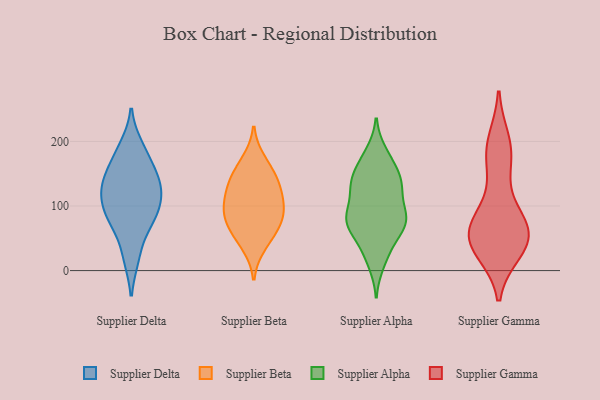
{"axis": {"x": "Temperature (°C)", "y": "Value"}, "legend": ["Supplier Alpha", "Supplier Beta", "Supplier Delta", "Supplier Gamma"], "data": [{"x": "", "y": 20, "type": "Supplier Delta"}, {"x": "", "y": 192, "type": "Supplier Delta"}, {"x": "", "y": 139, "type": "Supplier Delta"}, {"x": "", "y": 143, "type": "Supplier Delta"}, {"x": "", "y": 123, "type": "Supplier Delta"}, {"x": "", "y": 84, "type": "Supplier Delta"}, {"x": "", "y": 93, "type": "Supplier Delta"}, {"x": "", "y": 169, "type": "Supplier Delta"}, {"x": "", "y": 68, "type": "Supplier Delta"}, {"x": "", "y": 113, "type": "Supplier Delta"}, {"x": "", "y": 170, "type": "Supplier Beta"}, {"x": "", "y": 91, "type": "Supplier Beta"}, {"x": "", "y": 64, "type": "Supplier Beta"}, {"x": "", "y": 93, "type": "Supplier Beta"}, {"x": "", "y": 90, "type": "Supplier Beta"}, {"x": "", "y": 142, "type": "Supplier Beta"}, {"x": "", "y": 147, "type": "Supplier Beta"}, {"x": "", "y": 39, "type": "Supplier Beta"}, {"x": "", "y": 118, "type": "Supplier Beta"}, {"x": "", "y": 123, "type": "Supplier Beta"}, {"x": "", "y": 64, "type": "Supplier Beta"}, {"x": "", "y": 11, "type": "Supplier Alpha"}, {"x": "", "y": 126, "type": "Supplier Alpha"}, {"x": "", "y": 43, "type": "Supplier Alpha"}, {"x": "", "y": 136, "type": "Supplier Alpha"}, {"x": "", "y": 76, "type": "Supplier Alpha"}, {"x": "", "y": 72, "type": "Supplier Alpha"}, {"x": "", "y": 134, "type": "Supplier Alpha"}, {"x": "", "y": 84, "type": "Supplier Alpha"}, {"x": "", "y": 133, "type": "Supplier Alpha"}, {"x": "", "y": 83, "type": "Supplier Alpha"}, {"x": "", "y": 77, "type": "Supplier Alpha"}, {"x": "", "y": 84, "type": "Supplier Alpha"}, {"x": "", "y": 183, "type": "Supplier Alpha"}, {"x": "", "y": 58, "type": "Supplier Alpha"}, {"x": "", "y": 174, "type": "Supplier Alpha"}, {"x": "", "y": 120, "type": "Supplier Alpha"}, {"x": "", "y": 146, "type": "Supplier Alpha"}, {"x": "", "y": 82, "type": "Supplier Alpha"}, {"x": "", "y": 160, "type": "Supplier Alpha"}, {"x": "", "y": 26, "type": "Supplier Alpha"}, {"x": "", "y": 200, "type": "Supplier Gamma"}, {"x": "", "y": 55, "type": "Supplier Gamma"}, {"x": "", "y": 53, "type": "Supplier Gamma"}, {"x": "", "y": 64, "type": "Supplier Gamma"}, {"x": "", "y": 88, "type": "Supplier Gamma"}, {"x": "", "y": 45, "type": "Supplier Gamma"}, {"x": "", "y": 62, "type": "Supplier Gamma"}, {"x": "", "y": 31, "type": "Supplier Gamma"}, {"x": "", "y": 191, "type": "Supplier Gamma"}, {"x": "", "y": 84, "type": "Supplier Gamma"}, {"x": "", "y": 180, "type": "Supplier Gamma"}, {"x": "", "y": 45, "type": "Supplier Gamma"}, {"x": "", "y": 32, "type": "Supplier Gamma"}, {"x": "", "y": 155, "type": "Supplier Gamma"}]}